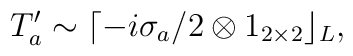
T_{a}^{\prime }\sim \lceil -i\sigma _{a}/2\otimes 1_{2\times 2}\rfloor _{L},